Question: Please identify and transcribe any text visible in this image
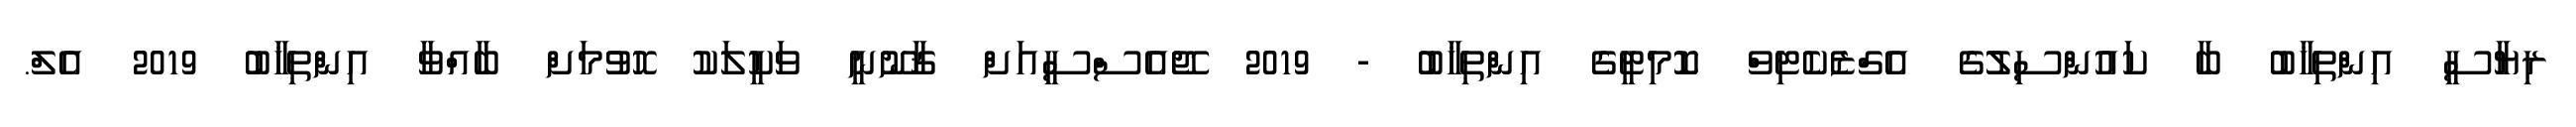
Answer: ރިޔާސީ އިންތިޚާބު ބާ ކައުންސިލުގެ އެގްޒެކެޓިވް ކޮމިޓީގެ އިންތިޚާބު - 2019 ޖޭއެސްސީއަށް ޤާނޫނީ ވަކީލަކު ހޮވުމަށް ބާއްވާ އިންތިޚާބު 2019 އެލް.